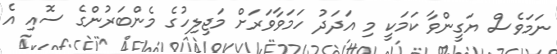
ނަމަވެސް ޔަގީންވާ ކަމަކީ މި އަދަދު ހަމަވާވަރަށް މަޖިލިހުގެ މެންބަރުންގެ ސޮއި އެ